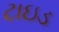
ટાઇડ